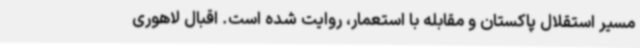
مسیر استقلال پاکستان و مقابله با استعمار، روایت شده است. اقبال لاهوری